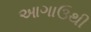
આગાઉથી